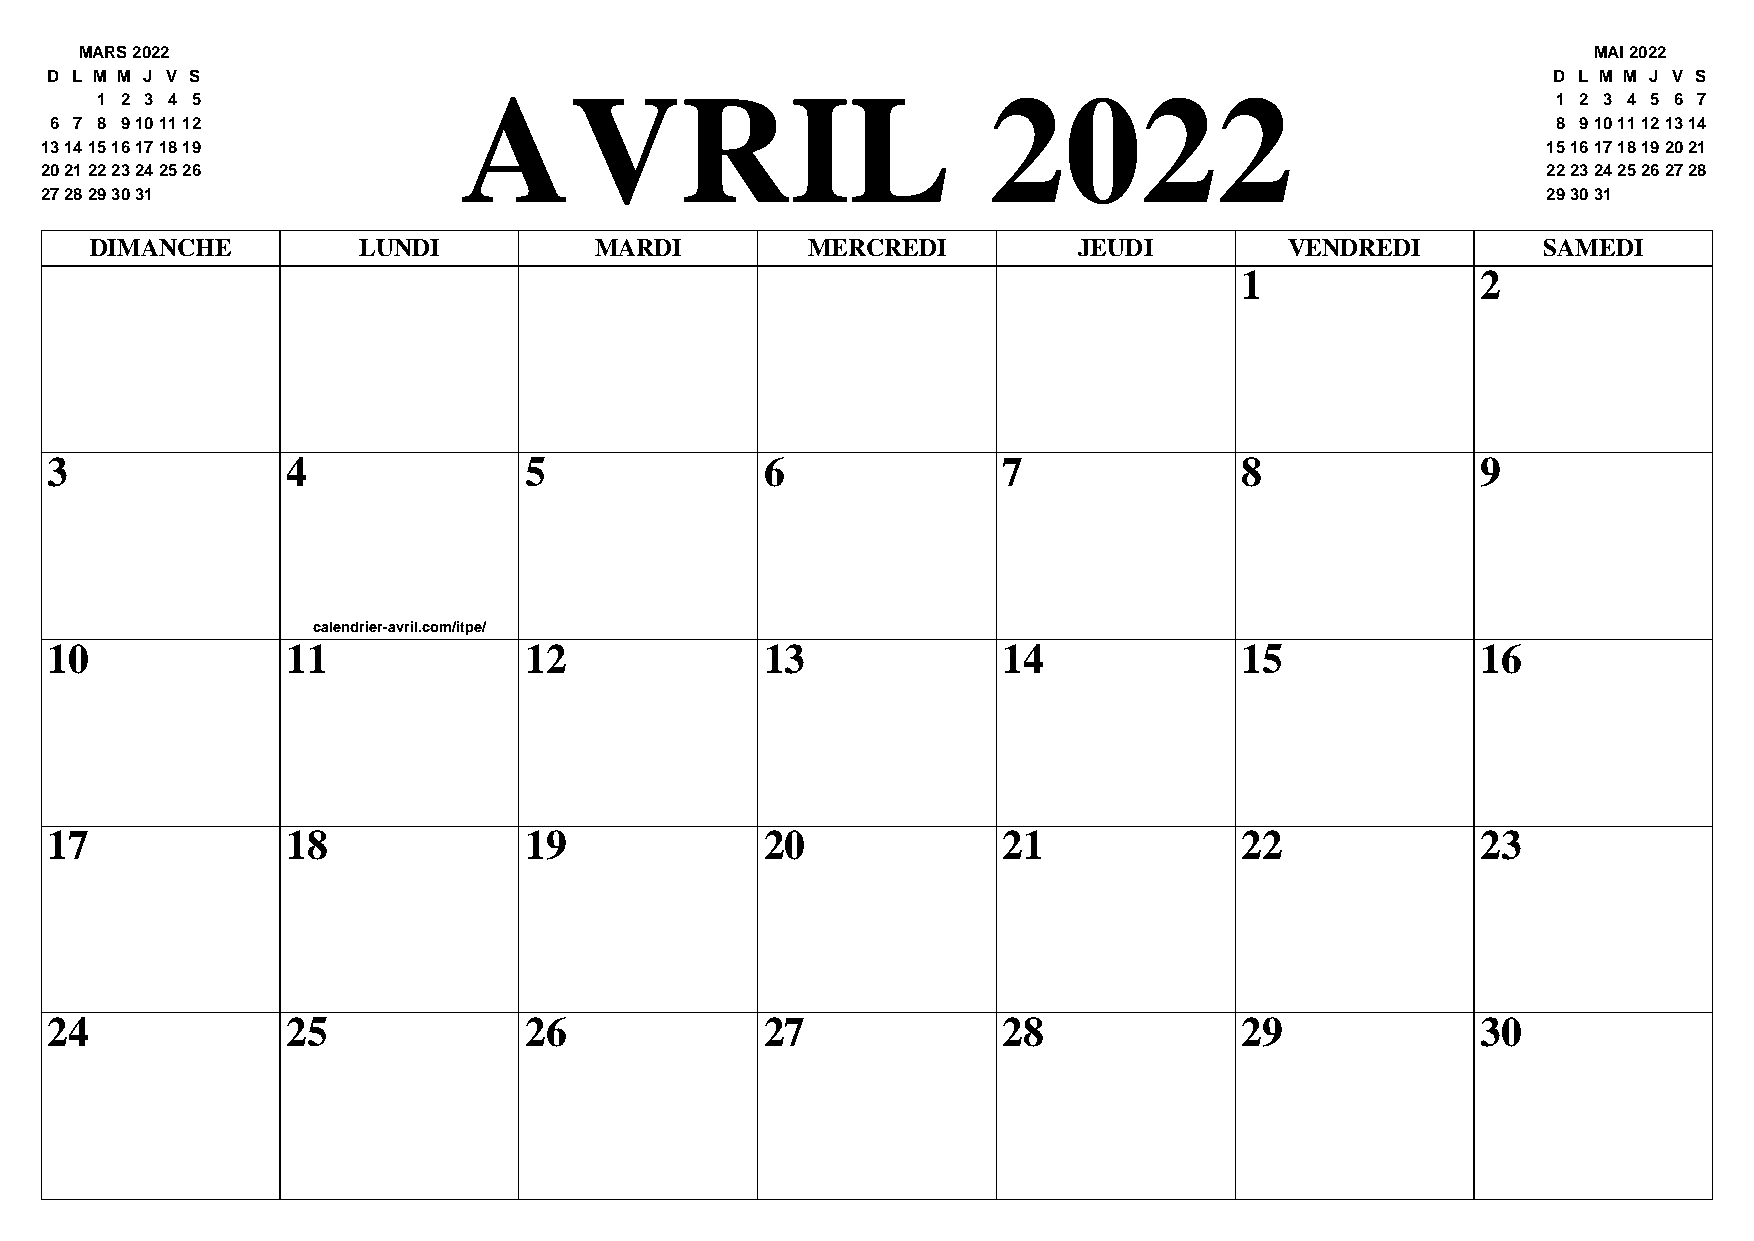
MARS 2022                                                                                            MAI 2022
 D L M M J V S                                                                                       D L M M J V S
 AVRIL                             2022
 1 2 3 4 5                                                                                        1 2 3 4 5 6 7
 6 7 8 9101112                                                                                       8 91011121314
 13141516171819                                                                                     15161718192021
 20212223242526                                                                                     22232425262728
 2728293031                                                                                         293031
 DIMANCHE          LUNDI          MARDI         MERCREDI          JEUDI         VENDREDI         SAMEDI
 1               2
 3               4               5               6              7               8               9
 calendrier-avril.com/itpe/
 10              11              12              13             14              15              16
 17              18              19              20             21              22              23
 24              25              26              27             28              29              30